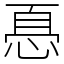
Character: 㥑